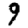
Digit: 9